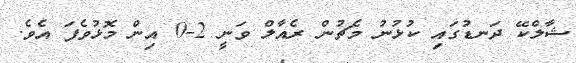
ޝާލްކޭ ދަނޑުގައި ކުޅުނު މެޗުން ރެއާލް ވަނީ 2-0 އިން މޮޅުވެފަ އެވެ.